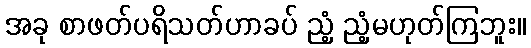
အခု စာဖတ်ပရိသတ်ဟာခပ် ညံ့ ညံ့မဟုတ်ကြဘူး။